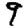
Digit: 9